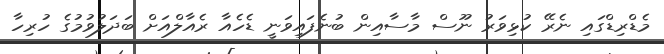
މެޑްރިޑްގައި ނެރޭ ކުޅިވަރު ނޫސް މާސާއިން ބުނެފައިވަނީ ޑެހެއާ ރެއާލްއަށް ބަދަލުވުމުގެ ހުރިހާ